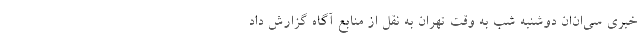
خبری سی‌ان‌ان دوشنبه شب به وقت تهران به نقل از منابع آگاه گزارش داد